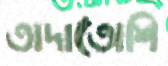
তাদাতোশি